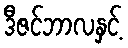
ဒီဇင်ဘာလနှင့်